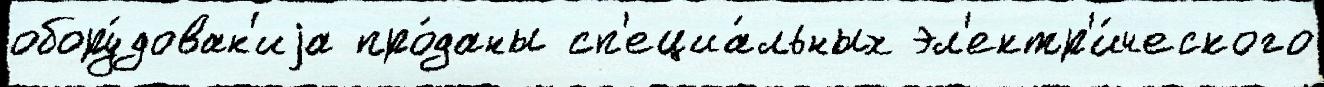
обору́дован'иjа про́даны сп'ециа́льных эл'ектр'и́ческого